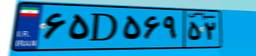
۵۵D۹۴۵۳۱